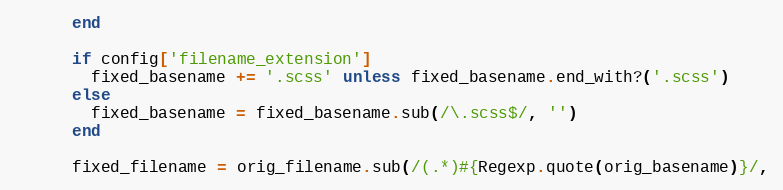
Language: Ruby
      end

      if config['filename_extension']
        fixed_basename += '.scss' unless fixed_basename.end_with?('.scss')
      else
        fixed_basename = fixed_basename.sub(/\.scss$/, '')
      end

      fixed_filename = orig_filename.sub(/(.*)#{Regexp.quote(orig_basename)}/,